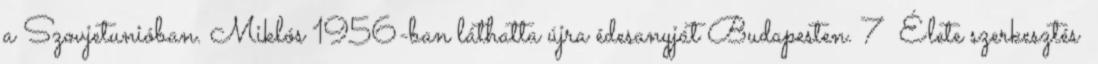
a Szovjetunióban. Miklós 1956-ban láthatta újra édesanyját Budapesten. 7 Élete szerkesztés